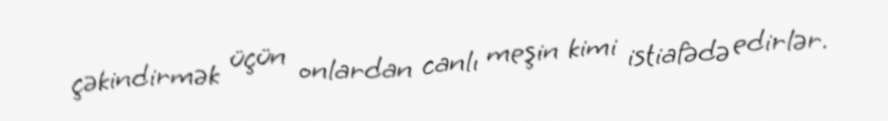
çəkindirmək üçün onlardan canlı meşin kimi istiafədə edirlər.